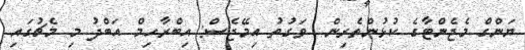
ޔަންގް މެޖެންޓާގެ ކުޅުންތެރިން  ވަގުތު އިމޭޖެސް: އިބްރާހިމް އަބްދު މި މެޗުގައި